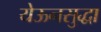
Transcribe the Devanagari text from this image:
येऊनसुद्धा